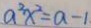
a ^ { 2 } x ^ { 2 } = a - 1